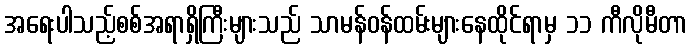
အရေးပါသည့်စစ်အရာရှိကြီးများသည် သာမန်ဝန်ထမ်းများနေထိုင်ရာမှ ၁၁ ကီလိုမီတာ